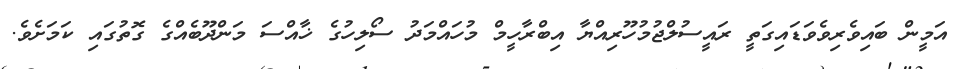
އަމީން ބައިވެރިވެވަޑައިގަތީ ރައީސުލްޖުމުހޫރިއްޔާ އިބްރާހީމް މުހައްމަދު ސޯލިހުގެ ޚާއްސަ މަންދޫބެއްގެ ގޮތުގައި ކަމަށެވެ.